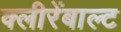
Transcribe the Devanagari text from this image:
क्लीरेंबाल्ट